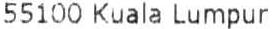
55100 KUALA LUMPUR